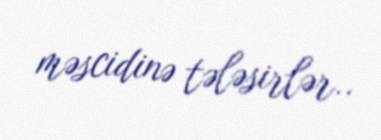
məscidinə tələsirlər..